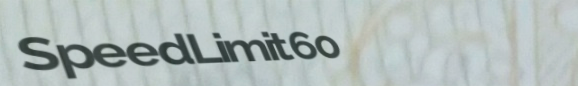
SpeedLimit60